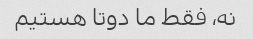
نه، فقط ما دوتا هستیم